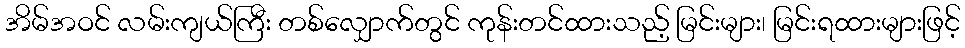
အိမ်အဝင် လမ်းကျယ်ကြီး တစ်လျှောက်တွင် ကုန်းတင်ထားသည့် မြင်းများ၊ မြင်းရထားများဖြင့်